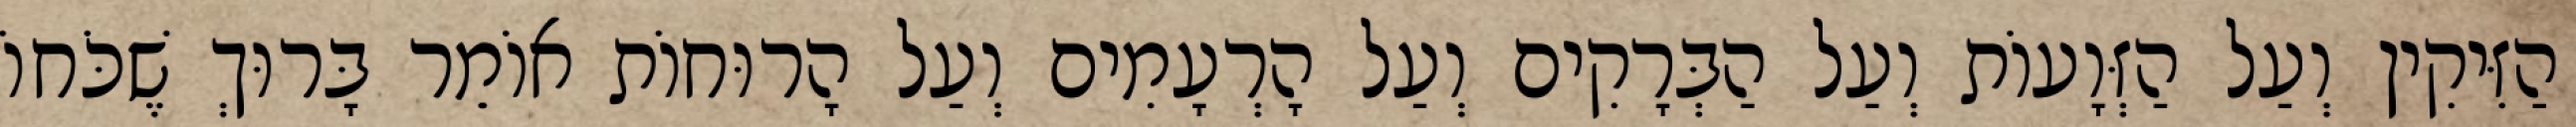
הַזִּיקִין וְעַל הַזְּוָעוֹת וְעַל הַבְּרָקִים וְעַל הָרְעָמִים וְעַל הָרוּחוֹת אוֹמֵר בָּרוּךְ שֶׁכֹּחוֹ